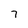
Character: 7